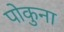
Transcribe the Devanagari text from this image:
पोकुना